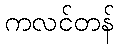
ကလင်တန်